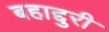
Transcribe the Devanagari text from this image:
बहाद्दुरी